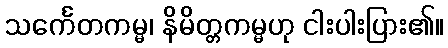
သင်္ကေတကမ္မ၊ နိမိတ္တကမ္မဟု ငါးပါးပြား၏။